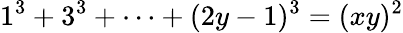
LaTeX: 1^{3}+3^{3}+\dots+(2y-1)^{3}=(xy)^{2}